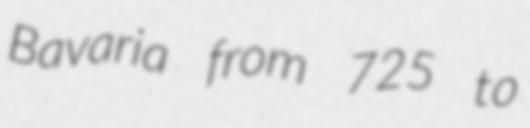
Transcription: Bavaria from 725 to